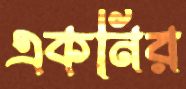
একনির